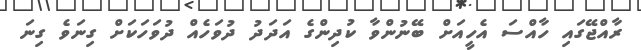
ރާއްޖޭގައި ހާއްސަ އެހީއަށް ބޭނުންވާ ކުދިންގެ އަދަދު ދުވަހެއް ދުވަހަކަށް ގިނަވެ ގިނަ